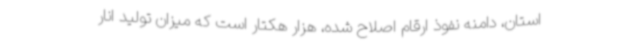
استان، دامنه نفوذ ارقام اصلاح شده، هزار هکتار است که میزان تولید انار